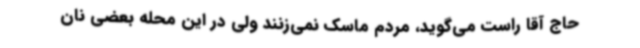
حاج آقا راست می‌گوید، مردم ماسک نمی‌زنند ولی در این محله بعضی نان